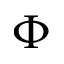
\Phi